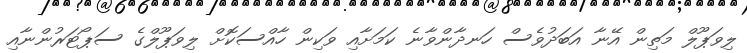
ލިވަޕޫލް މަތިން އޭނާ އަބަދުވެސް ހަނދާންވާނެ ކަމަށާއި ވަކިން ހާއްސަކޮށް ލިވަޕޫލްގެ ސަޕޯޓަރުންނާއި